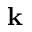
\mathbf { k }